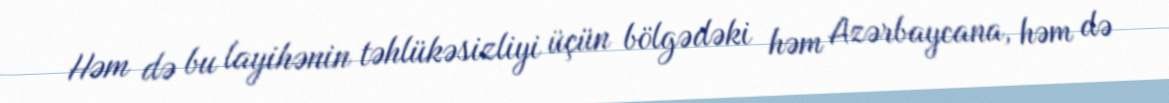
Həm də bu layihənin təhlükəsizliyi üçün bölgədəki həm Azərbaycana, həm də